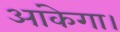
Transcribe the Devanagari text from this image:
आंकेगा।